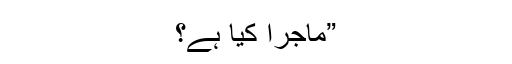
”ماجرا کیا ہے؟